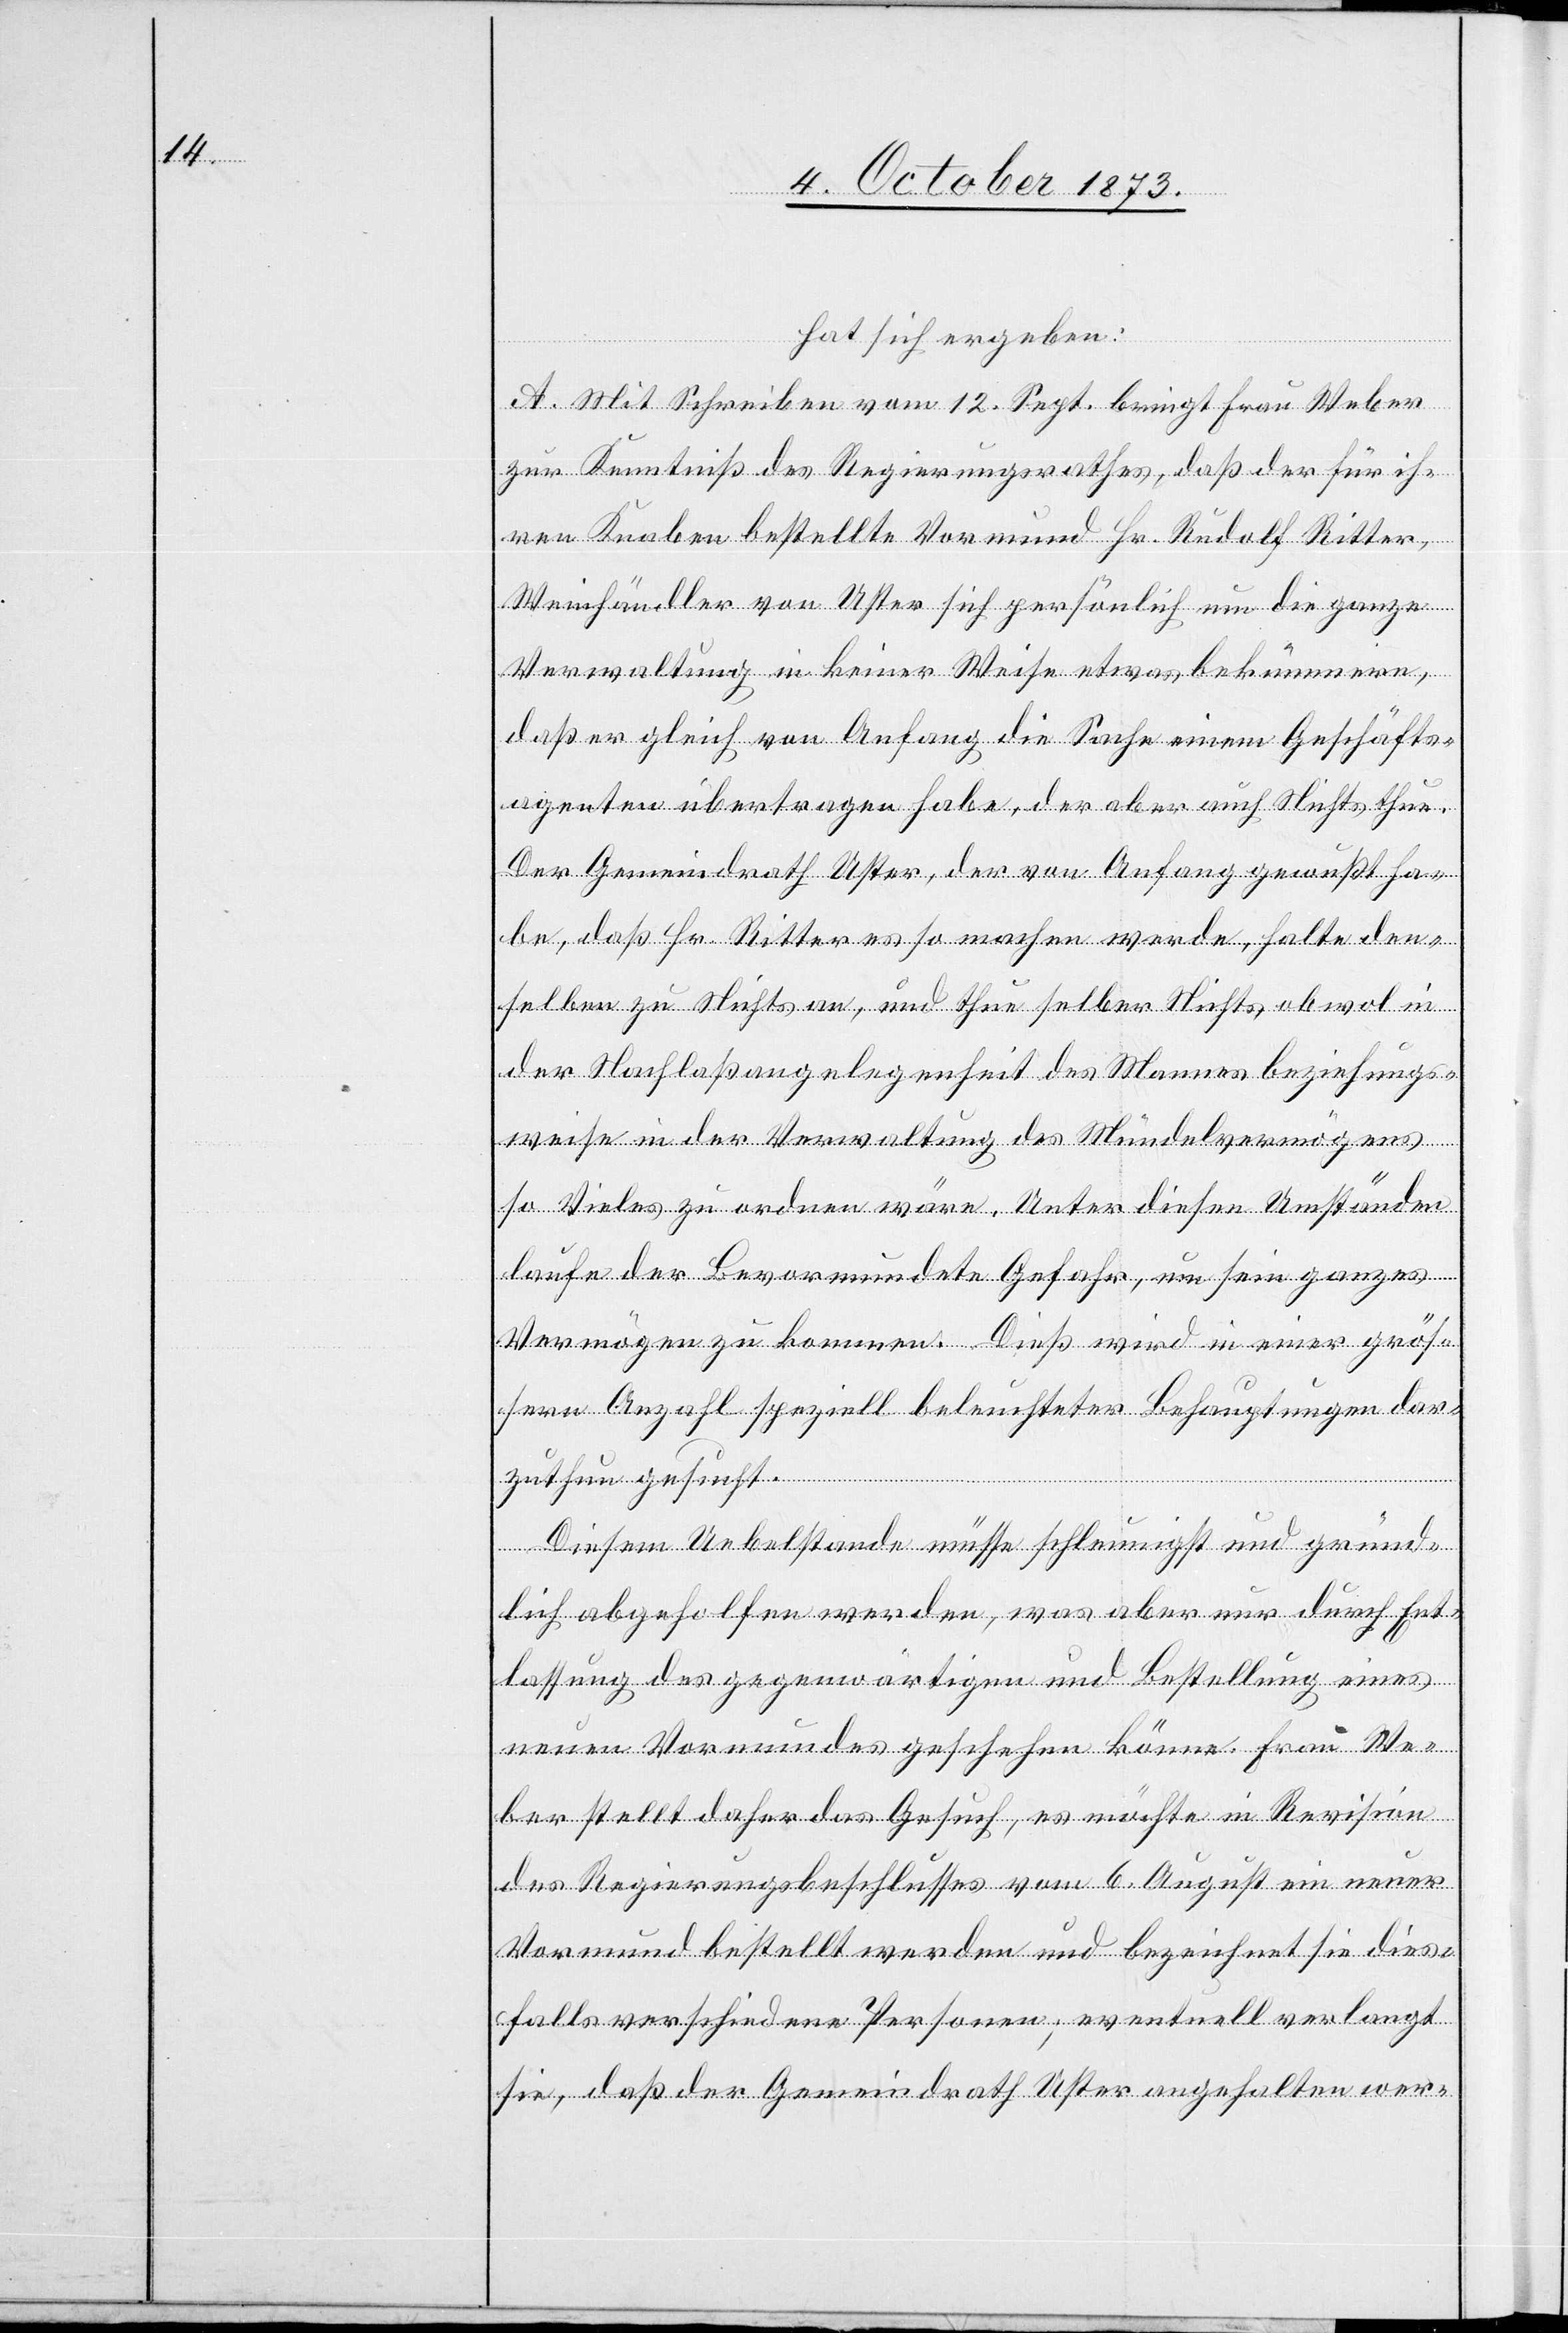
hat sich ergeben:
A. Mit Schreiben vom 12. Sept. bringt Frau Weber
zur Kenntniß des Regierungsrathes, daß der für ih¬
ren Knaben bestellte Vormund Hr. Rudolf Ritter,
Weinhändler von Uster sich persönlich um die ganze
Verwaltung in keiner Weise etwas bekümmere,
daß er gleich von Anfang die Sache einem Geschäfts¬
agenten übertragen habe, der aber auch Nichts thue.
Der Gemeindrath Uster, der von Anfang gewußt ha¬
be, daß Hr. Ritter es so machen werde, halte den¬
selben zu Nichts an, und thue selber Nichts, obwol in
der Nachlaßangelegenheit des Mannes beziehungs¬
weise in der Verwaltung des Mündelvermögens
so Vieles zu ordnen wäre. Unter diesen Umständen
laufe der Bevormundete Gefahr, um sein ganzes
Vermögen zu kommen. Dieß wird in einer grös¬
sern Anzahl speziell beleuchteter Behauptungen dar¬
zuthun gesucht.
Diesem Uebelstande müsse schleunigst und gründ¬
lich abgeholfen werden, was aber nur durch Ent¬
lassung des gegenwärtigen und Bestellung eines
neuen Vormundes geschehen könne. Frau We¬
ber stellt daher das Gesuch, es möchte in Revision
des Regierungsbeschlusses vom 6. August ein neuer
Vormund bestellt werden und bezeichnet sie dies¬
falls verschiedene Personen; eventuell verlangt
sie, daß der Gemeindrath Uster angehalten wer-